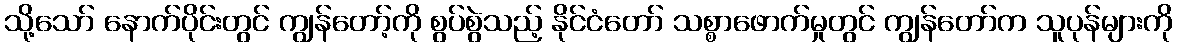
သို့သော် နောက်ပိုင်းတွင် ကျွန်တော့်ကို စွပ်စွဲသည့် နိုင်ငံတော် သစ္စာဖောက်မှုတွင် ကျွန်တော်က သူပုန်များကို